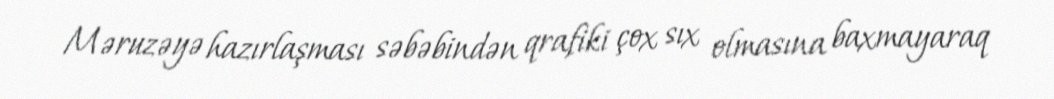
Məruzəyə hazırlaşması səbəbindən qrafiki çox sıx olmasına baxmayaraq